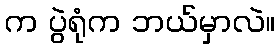
က ပွဲရုံက ဘယ်မှာလဲ။